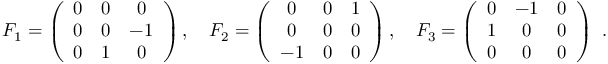
F _ { 1 } = \left( { \begin{array} { c c c } { 0 } & { 0 } & { 0 } \\ { 0 } & { 0 } & { - 1 } \\ { 0 } & { 1 } & { 0 } \end{array} } \right) , \quad F _ { 2 } = \left( { \begin{array} { c c c } { 0 } & { 0 } & { 1 } \\ { 0 } & { 0 } & { 0 } \\ { - 1 } & { 0 } & { 0 } \end{array} } \right) , \quad F _ { 3 } = \left( { \begin{array} { c c c } { 0 } & { - 1 } & { 0 } \\ { 1 } & { 0 } & { 0 } \\ { 0 } & { 0 } & { 0 } \end{array} } \right) ~ . \quad